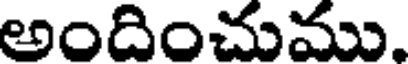
అందించుము.